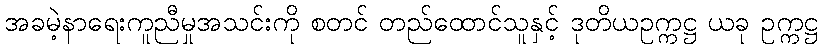
အခမဲ့နာရေးကူညီမှုအသင်းကို စတင် တည်ထောင်သူနှင့် ဒုတိယဥက္ကဋ္ဌ ယခု ဥက္ကဋ္ဌ